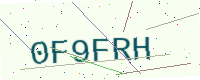
Text: 0F9FRH